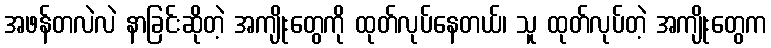
အဖန်တလဲလဲ နာခြင်းဆိုတဲ့ အကျိုးတွေကို ထုတ်လုပ်နေတယ်၊ သူ ထုတ်လုပ်တဲ့ အကျိုးတွေက